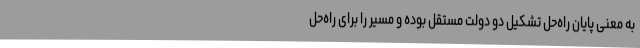
به معنی پایان راه‌حل تشکیل دو دولت مستقل بوده و مسیر را برای راه‌حل